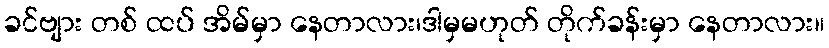
ခင်ဗျား တစ် ထပ် အိမ်မှာ နေတာလား၊ဒါမှမဟုတ် တိုက်ခန်းမှာ နေတာလား။